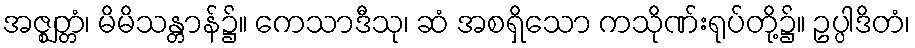
အဇ္ဈတ္တံ၊ မိမိသန္တာန်၌။ ကေသာဒီသု၊ ဆံ အစရှိသော ကသိုဏ်းရုပ်တို့၌။ ဥပ္ပါဒိတံ၊